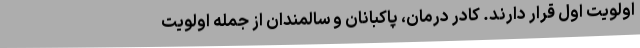
اولویت اول قرار دارند. کادر درمان، پاکبانان و سالمندان از جمله اولویت